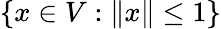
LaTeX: \{ x\in V:\| x\| \leq 1\}